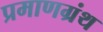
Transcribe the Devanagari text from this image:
प्रमाणग्रंथ